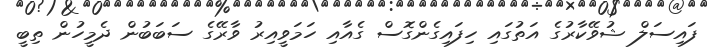
ފައިސަލް ޝުވޭކާރުގެ އަތުގައި ހިފައިގެންގޮސް ގެއާއި ހަމަވީއިރު ވާރޭގެ ސަބަބުން ދެމީހުން ތިބީ